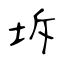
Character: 坼